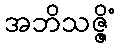
အဘိသဇ္ဇိံ